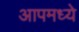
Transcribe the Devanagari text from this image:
आपमध्ये